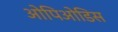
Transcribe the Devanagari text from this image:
ओपिओडिस